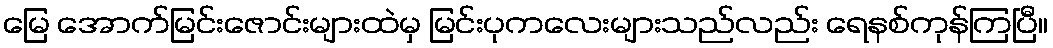
မြေ အောက်မြင်းဇောင်းများထဲမှ မြင်းပုကလေးများသည်လည်း ရေနစ်ကုန်ကြပြီ။